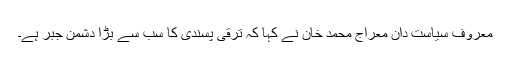
معروف سیاست دان معراج محمد خان نے کہا کہ ترقی پسندی کا سب سے بڑا دشمن جبر ہے۔